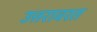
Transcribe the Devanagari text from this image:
उत्तरावरत